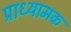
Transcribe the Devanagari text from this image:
प्राध्यामक